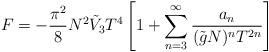
LaTeX: \begin{align*}F = - \frac{\pi^2}{8} N^2 \tilde{V}_3 T^4 \left[1+ \sum_{n=3}^\infty \frac{a_n}{(\tilde{g} N)^n T^{2n}} \right]\end{align*}